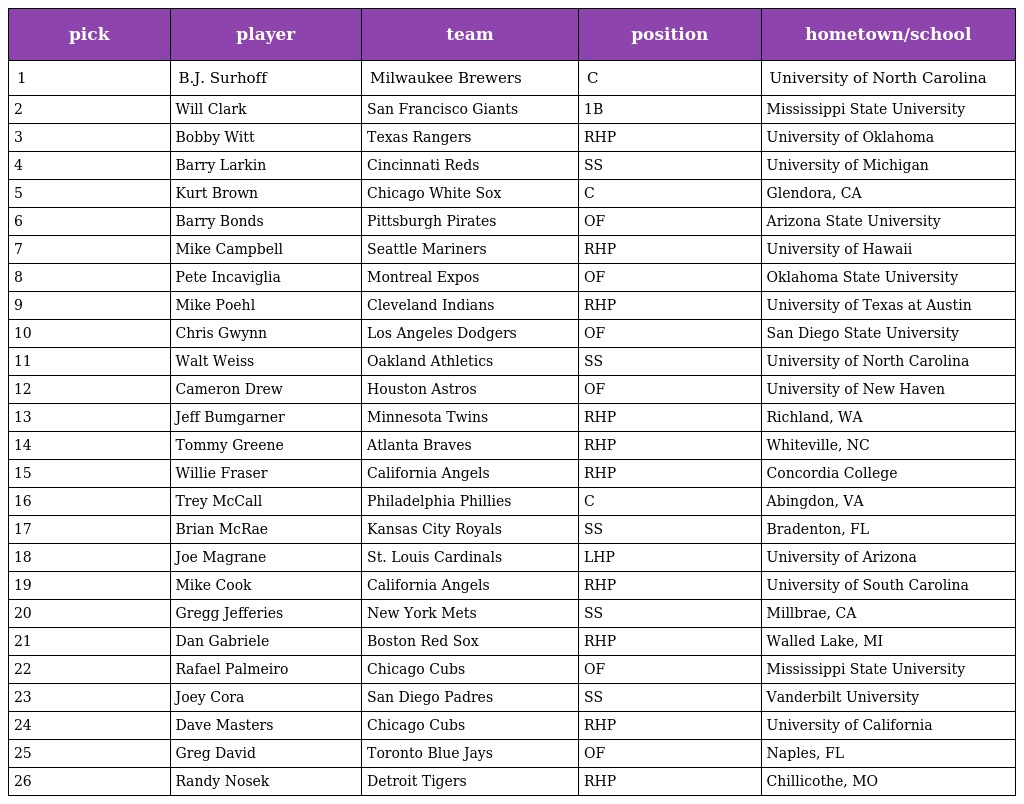
| pick | player | team | position | hometown/school |
 | --- | --- | --- | --- | --- |
 | 1 | B.J. Surhoff | Milwaukee Brewers | C | University of North Carolina |
 | 2 | Will Clark | San Francisco Giants | 1B | Mississippi State University |
 | 3 | Bobby Witt | Texas Rangers | RHP | University of Oklahoma |
 | 4 | Barry Larkin | Cincinnati Reds | SS | University of Michigan |
 | 5 | Kurt Brown | Chicago White Sox | C | Glendora, CA |
 | 6 | Barry Bonds | Pittsburgh Pirates | OF | Arizona State University |
 | 7 | Mike Campbell | Seattle Mariners | RHP | University of Hawaii |
 | 8 | Pete Incaviglia | Montreal Expos | OF | Oklahoma State University |
 | 9 | Mike Poehl | Cleveland Indians | RHP | University of Texas at Austin |
 | 10 | Chris Gwynn | Los Angeles Dodgers | OF | San Diego State University |
 | 11 | Walt Weiss | Oakland Athletics | SS | University of North Carolina |
 | 12 | Cameron Drew | Houston Astros | OF | University of New Haven |
 | 13 | Jeff Bumgarner | Minnesota Twins | RHP | Richland, WA |
 | 14 | Tommy Greene | Atlanta Braves | RHP | Whiteville, NC |
 | 15 | Willie Fraser | California Angels | RHP | Concordia College |
 | 16 | Trey McCall | Philadelphia Phillies | C | Abingdon, VA |
 | 17 | Brian McRae | Kansas City Royals | SS | Bradenton, FL |
 | 18 | Joe Magrane | St. Louis Cardinals | LHP | University of Arizona |
 | 19 | Mike Cook | California Angels | RHP | University of South Carolina |
 | 20 | Gregg Jefferies | New York Mets | SS | Millbrae, CA |
 | 21 | Dan Gabriele | Boston Red Sox | RHP | Walled Lake, MI |
 | 22 | Rafael Palmeiro | Chicago Cubs | OF | Mississippi State University |
 | 23 | Joey Cora | San Diego Padres | SS | Vanderbilt University |
 | 24 | Dave Masters | Chicago Cubs | RHP | University of California |
 | 25 | Greg David | Toronto Blue Jays | OF | Naples, FL |
 | 26 | Randy Nosek | Detroit Tigers | RHP | Chillicothe, MO |